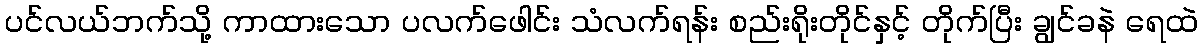
ပင်လယ်ဘက်သို့ ကာထားသော ပလက်ဖေါင်း သံလက်ရန်း စည်းရိုးတိုင်နှင့် တိုက်ပြီး ချွင်ခနဲ ရေထဲ